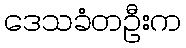
ဒေသခံတဦးက